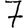
Digit: 7